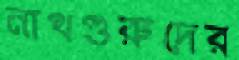
নাথগুরুদের